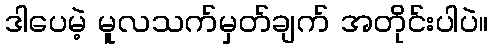
ဒါပေမဲ့ မူလသက်မှတ်ချက် အတိုင်းပါပဲ။